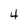
Character: 4